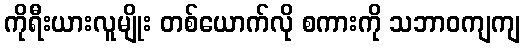
ကိုရီးယားလူမျိုး တစ်ယောက်လို စကားကို သဘာဝကျကျ